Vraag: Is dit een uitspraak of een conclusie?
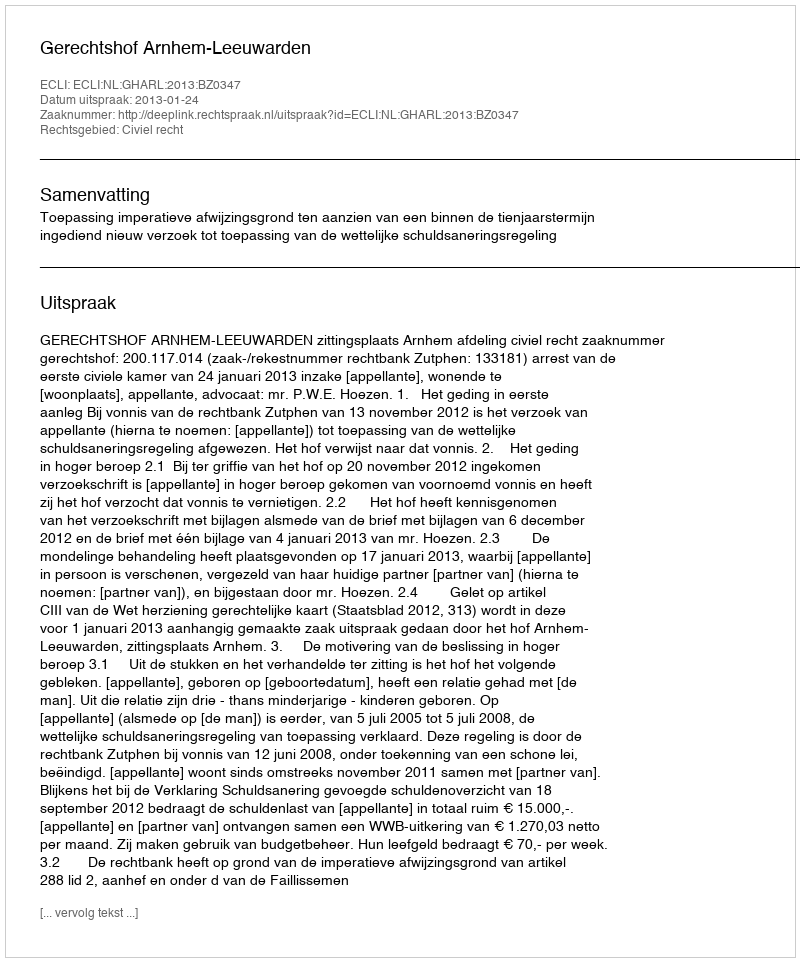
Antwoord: Uitspraak